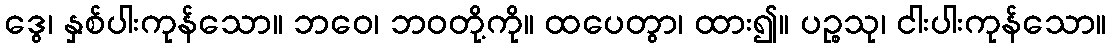
ဒွေ၊ နှစ်ပါးကုန်သော။ ဘဝေ၊ ဘဝတို့ကို။ ထပေတွာ၊ ထား၍။ ပဉ္စသု၊ ငါးပါးကုန်သော။